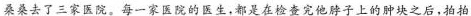
桑桑去了三家医院。每一家医院的医生，都是在检查完他脖子上的肿块之后，拍拍